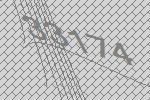
33174